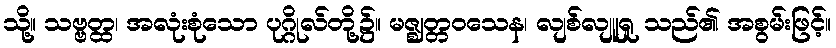
သို့။ သဗ္ဗတ္ထ၊ အလုံးစုံသော ပုဂ္ဂိုလ်တို့၌။ မဇ္ဈတ္တဝသေန၊ လျစ်လျူရှု သည်၏ အစွမ်းဖြင့်။